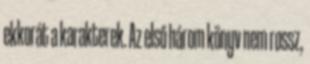
ekkorát a karakterek. Az első három könyv nem rossz,